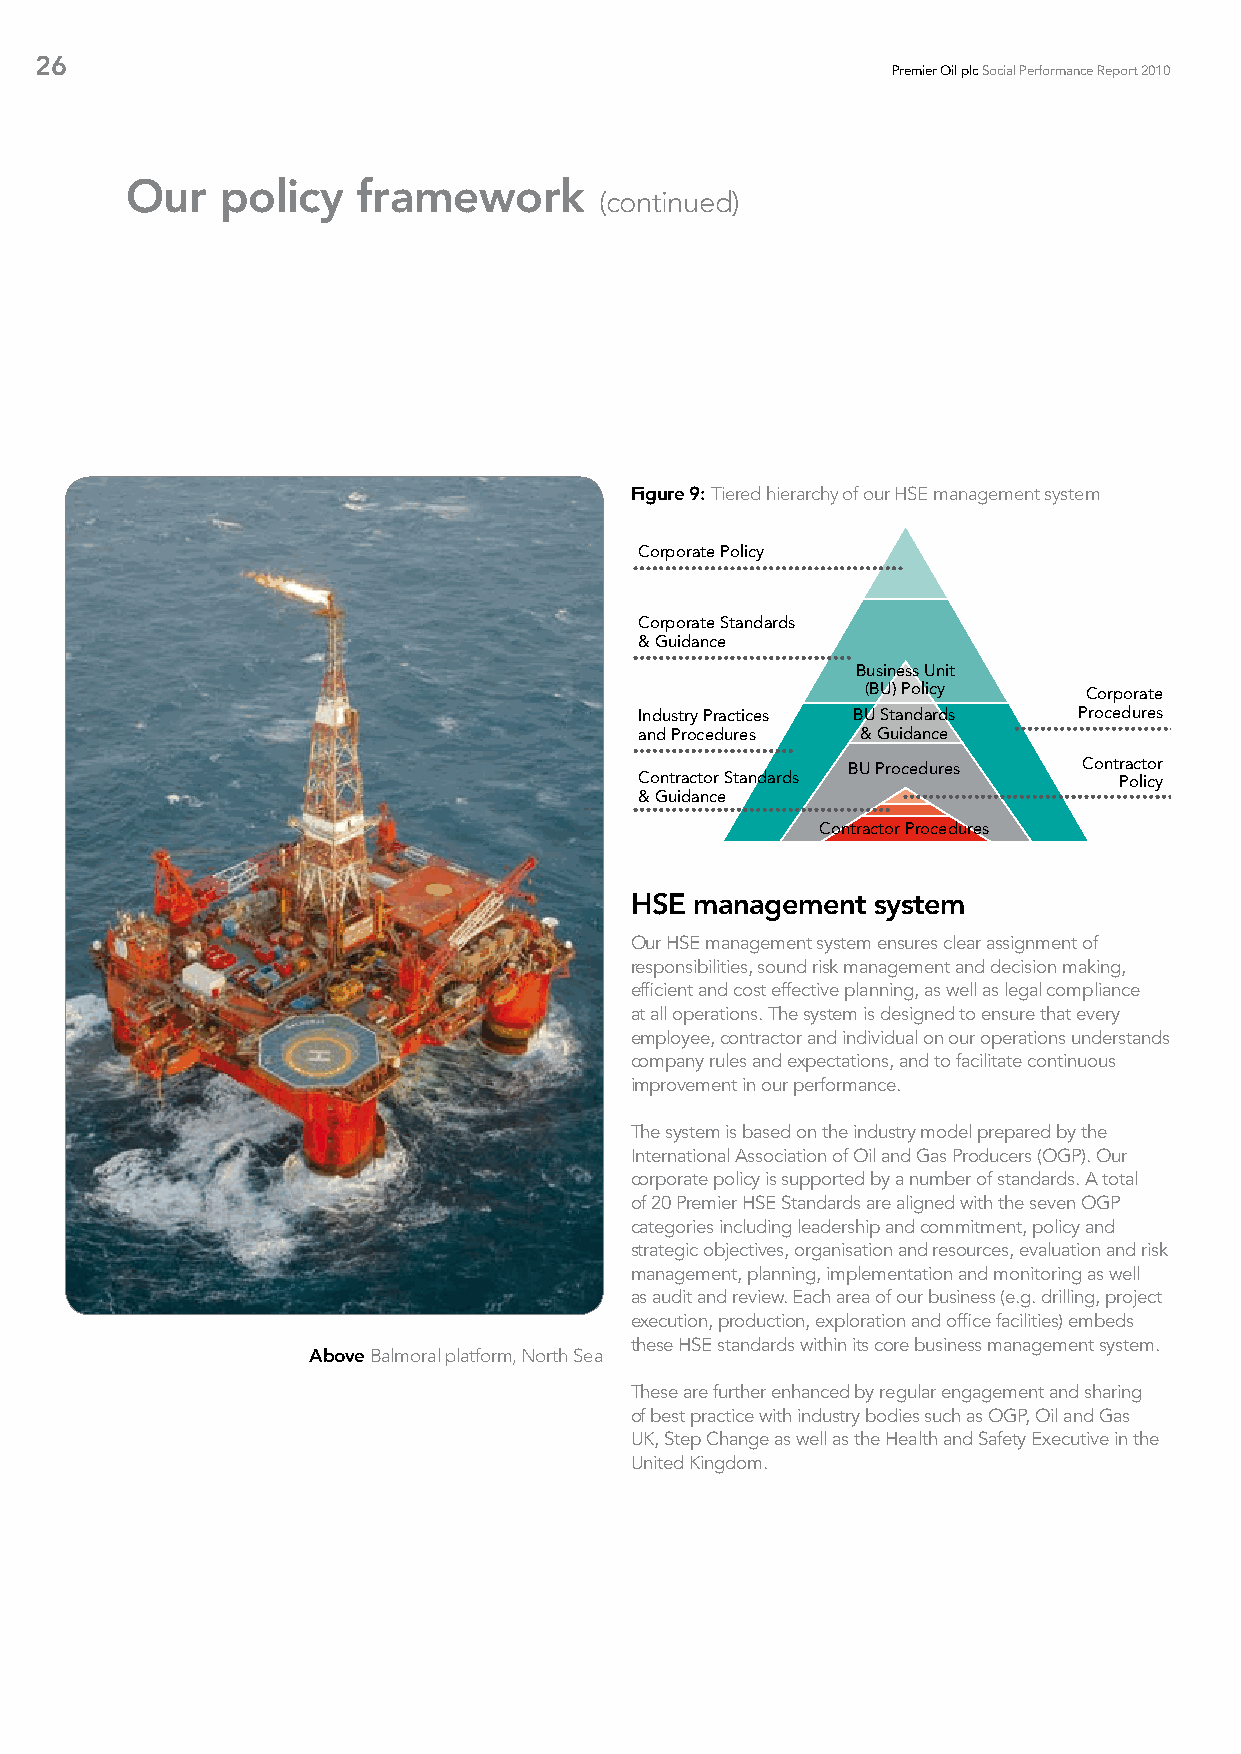
26
 Premier Oil plc Social Performance Report 2010
 Our    policy   framework
 (continued)
 Figure 9: Tiered hierarchy of our HSE management system
 Corporate Policy
 Corporate Standards
 & Guidance
 Business Unit
 (BU) Policy    Corporate
 Industry Practices BU Standards Procedures
 and Procedures & Guidance
 BU Procedures   Contractor
 Contractor Standards            Policy
 & Guidance
 Contractor Procedures
 HSE management  system
 Our HSE management system ensures clear assignment of
 responsibilities, sound risk management and decision making,
 efficient and cost effective planning, as well as legal compliance
 at all operations. The system is designed to ensure that every
 employee, contractor and individual on our operations understands
 company rules and expectations, and to facilitate continuous
 improvement in our performance.
 The system is based on the industry model prepared by the
 International Association of Oil and Gas Producers (OGP). Our
 corporate policy is supported by a number of standards. A total
 of 20 Premier HSE Standards are aligned with the seven OGP
 categories including leadership and commitment, policy and
 strategic objectives, organisation and resources, evaluation and risk
 management, planning, implementation and monitoring as well
 as audit and review. Each area of our business (e.g. drilling, project
 execution, production, exploration and office facilities) embeds
 these HSE standards within its core business management system.
 Above Balmoral platform, North Sea
 These are further enhanced by regular engagement and sharing
 of best practice with industry bodies such as OGP, Oil and Gas
 UK, Step Change as well as the Health and Safety Executive in the
 United Kingdom.